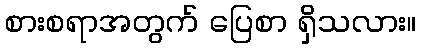
စားစရာအတွက် ပြေစာ ရှိသလား။